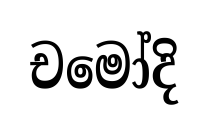
චමෝදි